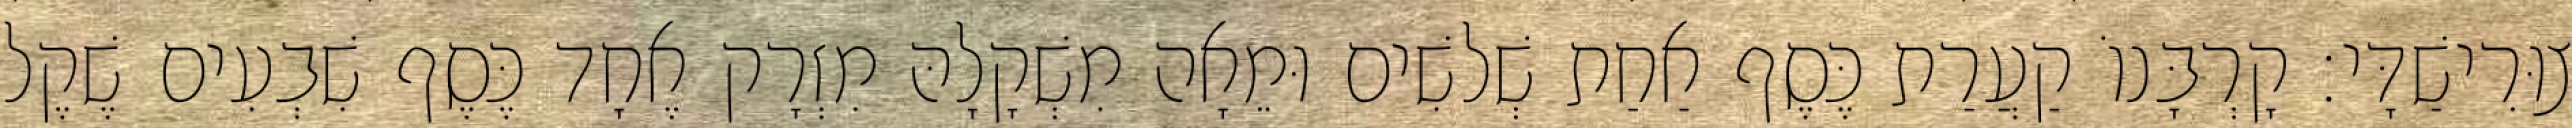
צוּרִישַׁדָּי׃ קָרְבָּנוֹ קַעֲרַת כֶּסֶף אַחַת שְׁלשִׁים וּמֵאָה מִשְׁקָלָהּ מִזְרָק אֶחָד כֶּסֶף שִׁבְעִים שֶׁקֶל